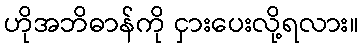
ဟိုအဘိဓာန်ကို ငှားပေးလို့ရလား။